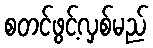
စတင်ဖွင့်လှစ်မည်